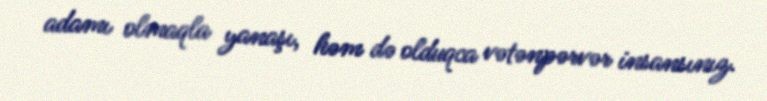
adamı olmaqla yanaşı, həm də olduqca vətənpərvər insansınız.